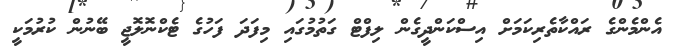
އެންމެންގެ ރައްކާތެރިކަމަށް އިސްކަންދީގެން ލިފްޓް ގަތުމުގައި މިފަދަ ފަހުގެ ޓެކްނޮލޮޖީ ބޭނުން ކުރުމަކީ